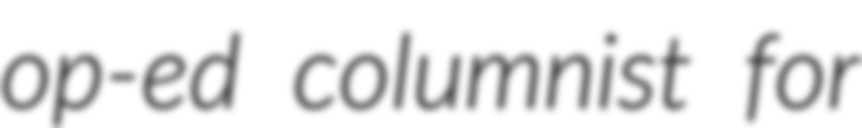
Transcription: op-ed columnist for